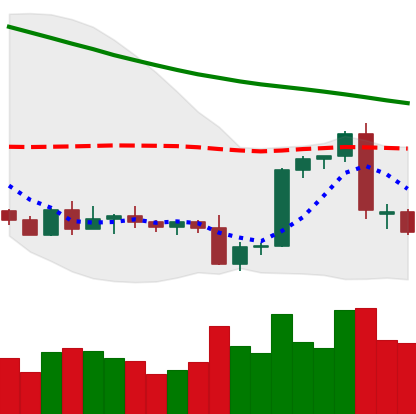
Ticker: BTC-USD
Chart end date: 2022-09-15
Forward return: -4.114%
Label: down_3_5